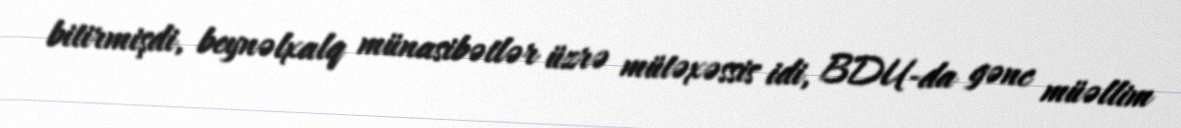
bitirmişdi, beynəlxalq münasibətlər üzrə mütəxəssis idi, BDU-da gənc müəllim